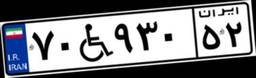
۹۴W۴۲۱۰۶